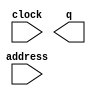
module cordic_factor_Kn_rom_ip (
	address,
	clock,
	q);

	input	[7:0]  address;
	input	  clock;
	output	[63:0]  q;
`ifndef ALTERA_RESERVED_QIS
// synopsys translate_off
`endif
	tri1	  clock;
`ifndef ALTERA_RESERVED_QIS
// synopsys translate_on
`endif

endmodule